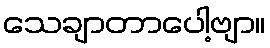
သေချာတာပေါ့ဗျာ။